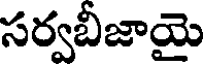
సర్వబీజాయై